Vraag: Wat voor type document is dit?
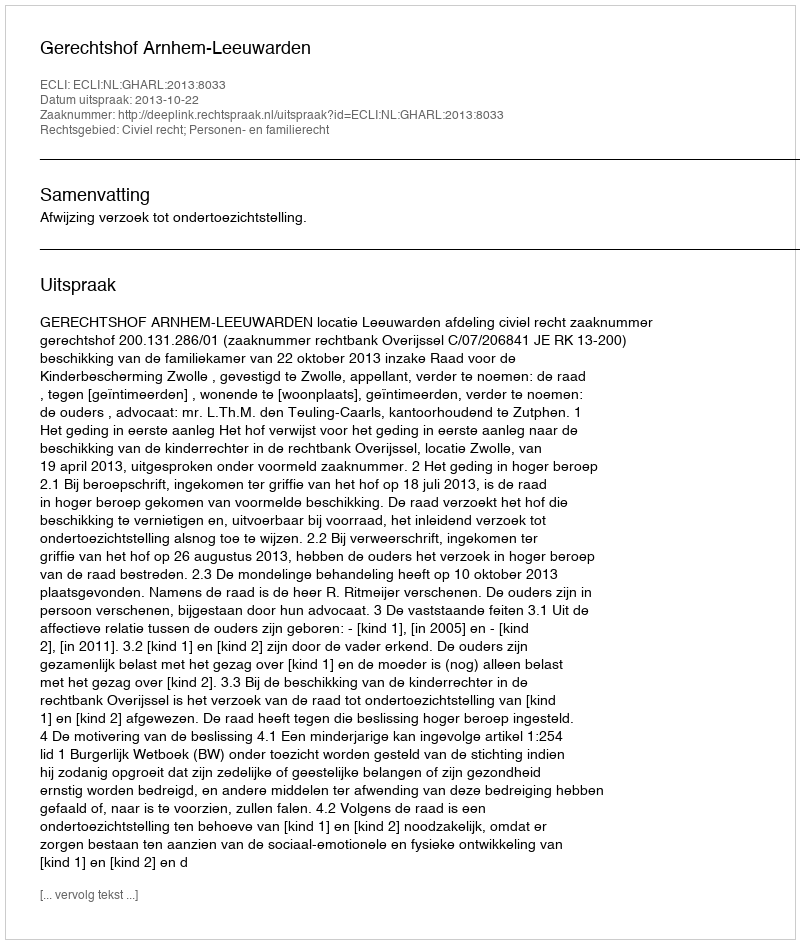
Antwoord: Uitspraak